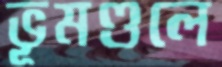
ভূমণ্ডলে